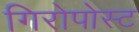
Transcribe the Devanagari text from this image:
गिरोपोस्ट